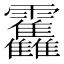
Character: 𱁫